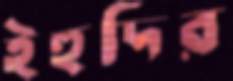
ইহুদির